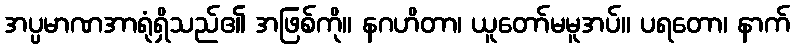
အပ္ပမာဏအာရုံရှိသည်၏ အဖြစ်ကို။ နဂဟိတာ၊ ယူတော်မမူအပ်။ ပရတော၊ နာက်